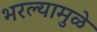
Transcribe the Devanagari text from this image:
भरल्यामुळे